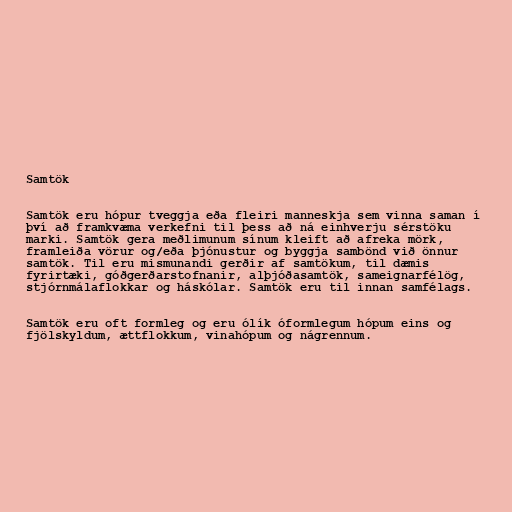
Samtök

Samtök eru hópur tveggja eða fleiri manneskja sem vinna saman í
því að framkvæma verkefni til þess að ná einhverju sérstöku
marki. Samtök gera meðlimunum sínum kleift að afreka mörk,
framleiða vörur og/eða þjónustur og byggja sambönd við önnur
samtök. Til eru mismunandi gerðir af samtökum, til dæmis
fyrirtæki, góðgerðarstofnanir, alþjóðasamtök, sameignarfélög,
stjórnmálaflokkar og háskólar. Samtök eru til innan samfélags.

Samtök eru oft formleg og eru ólík óformlegum hópum eins og
fjölskyldum, ættflokkum, vinahópum og nágrennum.